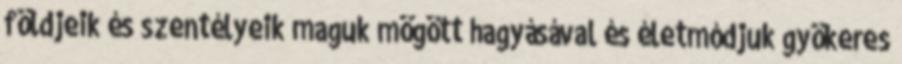
földjeik és szentélyeik maguk mögött hagyásával és életmódjuk gyökeres